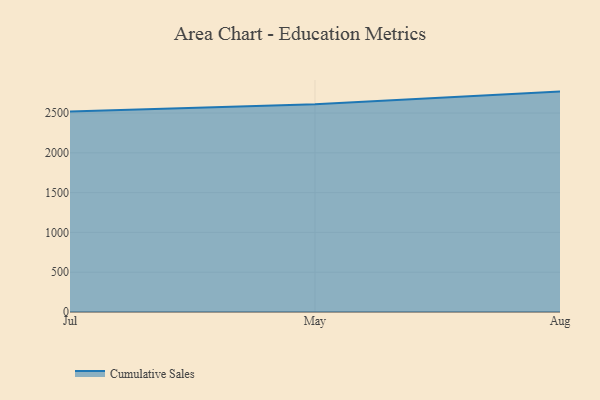
{"axis": {"x": "Month", "y": "Inventory Turnover"}, "legend": ["Cumulative Sales"], "data": [{"x": "Jul", "y": 2519.1, "type": "Cumulative Sales"}, {"x": "May", "y": 2609.6, "type": "Cumulative Sales"}, {"x": "Aug", "y": 2769.5, "type": "Cumulative Sales"}]}